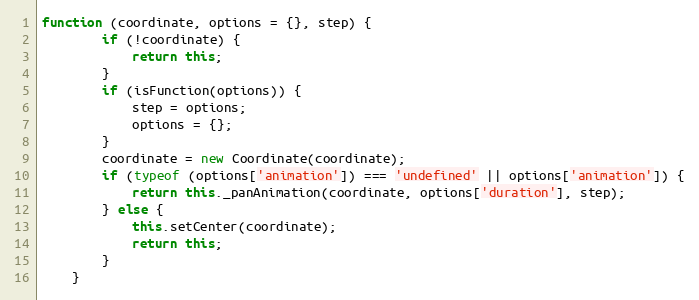
Language: JavaScript
function (coordinate, options = {}, step) {
        if (!coordinate) {
            return this;
        }
        if (isFunction(options)) {
            step = options;
            options = {};
        }
        coordinate = new Coordinate(coordinate);
        if (typeof (options['animation']) === 'undefined' || options['animation']) {
            return this._panAnimation(coordinate, options['duration'], step);
        } else {
            this.setCenter(coordinate);
            return this;
        }
    }